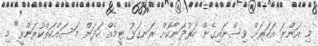
މި އަންނަ އަހަރަށް ވިސްނައިގެން ހަރުދަނާކޮށް ރަނގަޅު ޓީމެއް ހަދަން މަސައްކަތްކުރަންވީ" މި